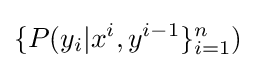
\{P(y_{i}|x^{i},y^{i-1}\}_{i=1}^{n})